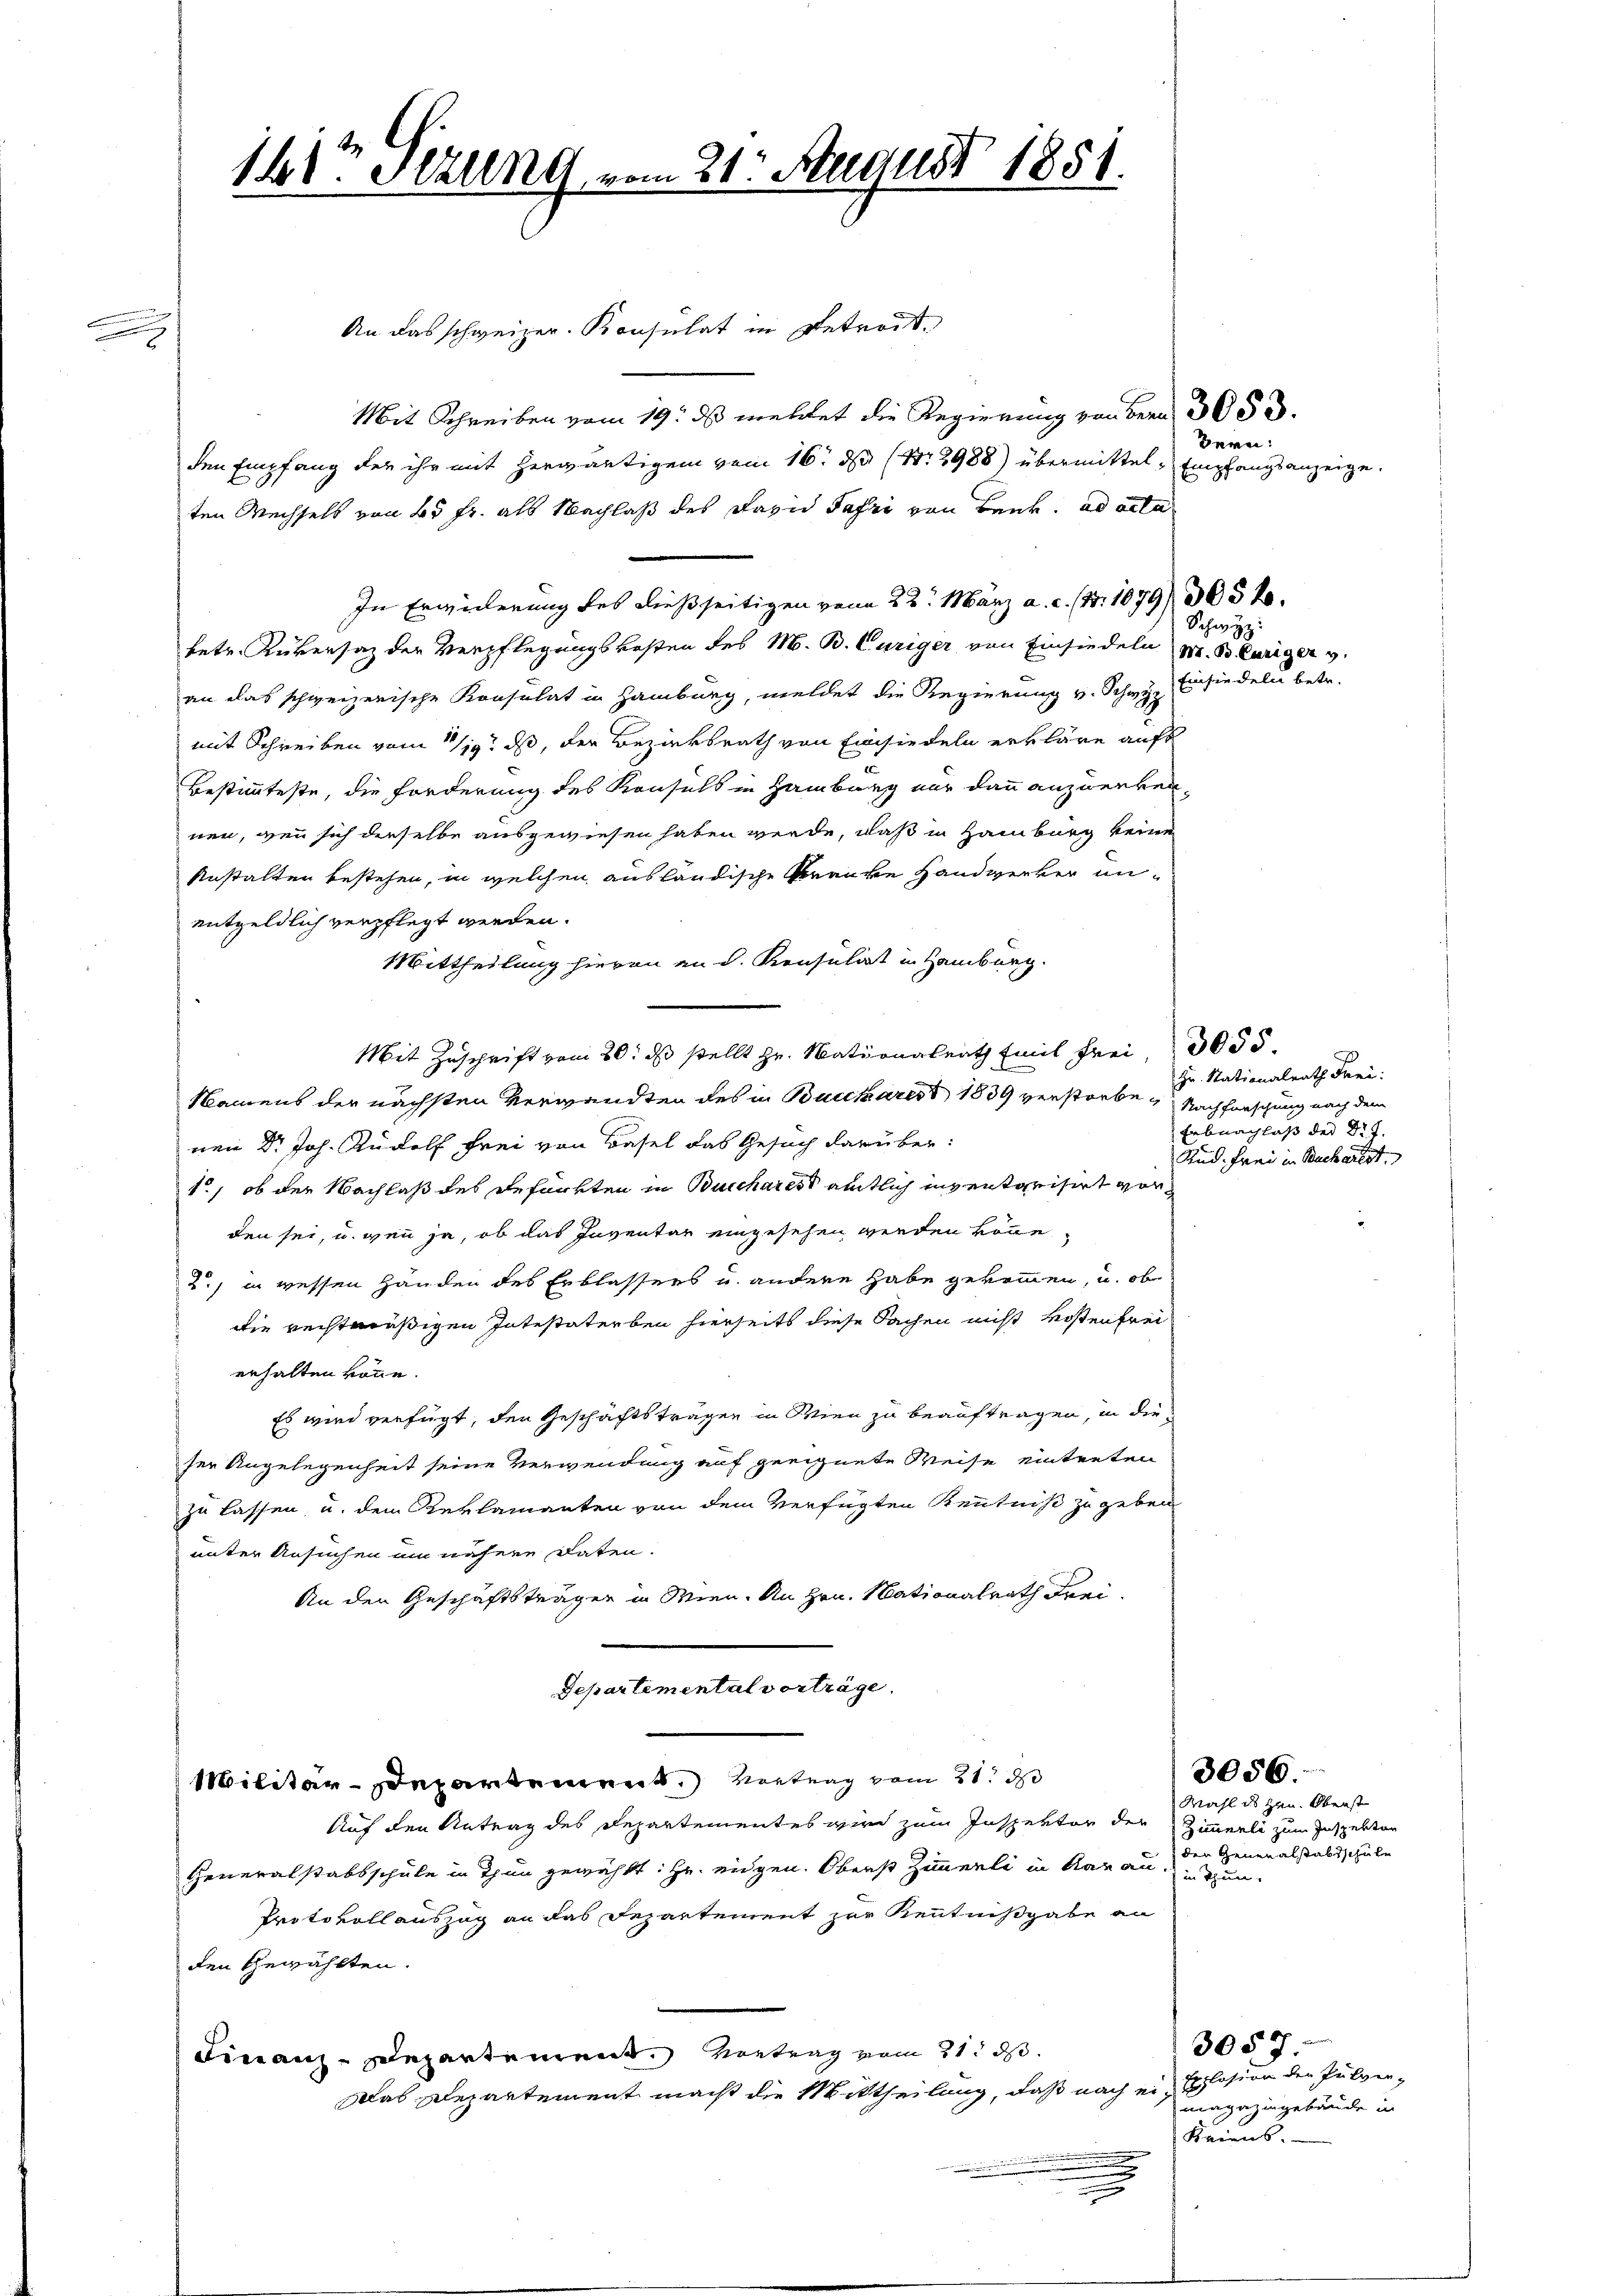
.

16 Stzung,

An das schweizer. Konsulat in getrost.
Mit Schreiben vom 19. ds mehrtet die Regierung von der 3053.
den Empfang der ihr mit herwärtigem vom 16. ds (Nr. 2988) übermittel, Empfangsanzeige.
ten Wechsels von 25 Fr. als Nachlaß des David Fahri von Bank. ad acta
In Erwiderung des dießseitigen vom 22. März a. c. (S. 1079/ 305 f.
betr. Rükersaz der Verpflegungskosten des M. B. Curiger von Einsiedeln M. Bluniger v.
an das schweizerische Konsulat in Hamburg, meldet die Regierung v. Schwyz Es siedeln betr.
mit Schreiben vom 17/19. ds, der Bezirksrath von Einsiedeln erkläre aufs
Bestimmteste, die Forderung des Konsuls in Hamburg nur dann anzuerkennen, wenn sich dieselbe ausgewiesen haben werde, daß in Hamburg keine
Anstalten bestehen, in welchen ausländische Kranke Handwerker unentgeldlich verpflegt werden.
Mittheilung hievon en d. Konsulat in Hamburg.
Mit Zuschrift vom 20. ds stellt Hr. Nationalrath Emil Frei,3055
Namens der nächsten Verwandten des in Bucchares 1839 verstorbe Nachforschung nach dem
nen Dr Joh. Rudolf frei von Basel das Gesuch darüber:
1., ob der Nachlaß des gefärkten in Bucchares amtlich inventarisirt vorden sei, u. wenn ja, ob das Inventar eingesehen werden könne.
2., in wessen Handen des Erblassers u. andere habe gekommen, u. ob
Die rechtmäßigen Intestaterben hierseits diese Sachen nicht Kostenfrei
erhalten könne.
Es wird verfügt, den Geschäftsträgen in Wien zu beauftragen, in dieser Angelegenheit seine Verwendung auf geeignete Weise eintreten
zu lassen u. dem Reklamanten von dem Verfügten Kenntniß zu geben
unter Ansuchen um nähere Daten.
An den Geschäftsträger in Wien. An Hrn. Mationalrath Frei¬
Departimental vorträge.
Militär-Departement. Vortrag vom 21. d
Auf den Antrag des Departementes wird zum Inspektor der Zimmerli zum Inspektar
Generalstabsschule in Thun gewählt: Hr. eidgen. Oberst Zimmerli in Aarau zu tun.
Protokollauszug an das Departement zur Kenntnißgabe an
den Gewählten.
Franz-Departement. Vortrag vom 21. ds.
Das Departement macht die Mittheilung, daß nach ein Explosion der Pulver¬
.
.

21. August 1851.

Bern:

Schwyz:

Hr. Nationalrath Frei:
Erbnachlaß der Dr J.
And. Frei in Buchartet.

Wahl des Hau. Oberst
der Generalstabtschulen

3056.

3057.
magazingebäude in
Keiens.